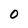
Character: O